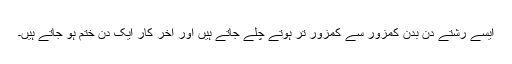
ایسے رشتے دن بدن کمزور سے کمزور تر ہوتے چلے جاتے ہیں اور آخر کار ایک دن ختم ہو جاتے ہیں۔